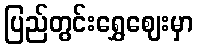
ပြည်တွင်းရွှေဈေးမှာ